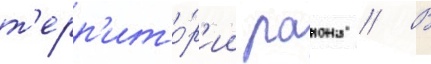
т'ерр'ито́р'ии раиона // В